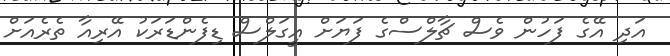
އަދި އޭގެ ފަހުން ވެސް ޗާލްސްގެ ފަޔަށް އީގަލްސް ޑިފެންޑަރަކު އޭރިއާ ތެރެއަށް